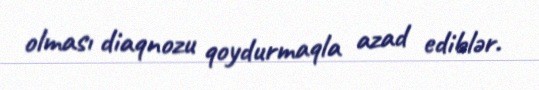
olması diaqnozu qoydurmaqla azad ediblər.